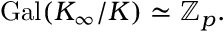
\operatorname { G a l } ( K _ { \infty } / K ) \simeq \mathbb { Z } _ { p } .